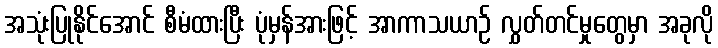
အသုံးပြုနိုင်အောင် စီမံထားပြီး ပုံမှန်အားဖြင့် အာကာသယာဉ် လွှတ်တင်မှုတွေမှာ အခုလို